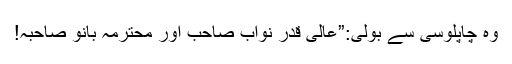
وہ چاپلوسی سے بولی:”عالی قدر نواب صاحب اور محترمہ بانو صاحبہ!